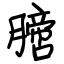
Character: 膪